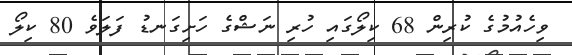
ވިހެއުމުގެ ކުރިން 68 ކިލޯގައި ހުރި ނަޝްގެ ހަށިގަނޑު ފަލަވެ 80 ކިލޯ